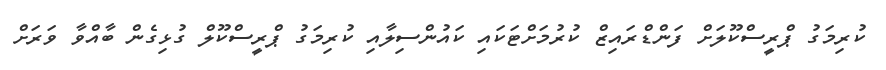
ކުރިމަގު ޕްރީސްކޫލަށް ފަންޑްރައިޒް ކުރުމަށްޓަކައި ކައުންސިލާއި ކުރިމަގު ޕްރީސްކޫލް ގުޅިގެން ބާއްވާ ވަރަށް